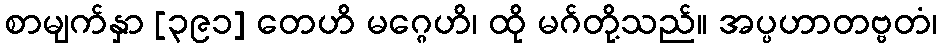
စာမျက်နှာ [၃၉၁] တေဟိ မဂ္ဂေဟိ၊ ထို မဂ်တို့သည်။ အပ္ပဟာတဗ္ဗတံ၊